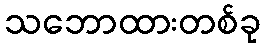
သဘောထားတစ်ခု